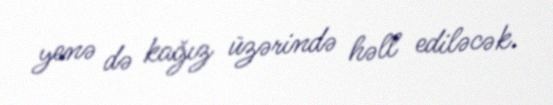
yenə də kağız üzərində həll ediləcək.